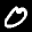
Label: 0